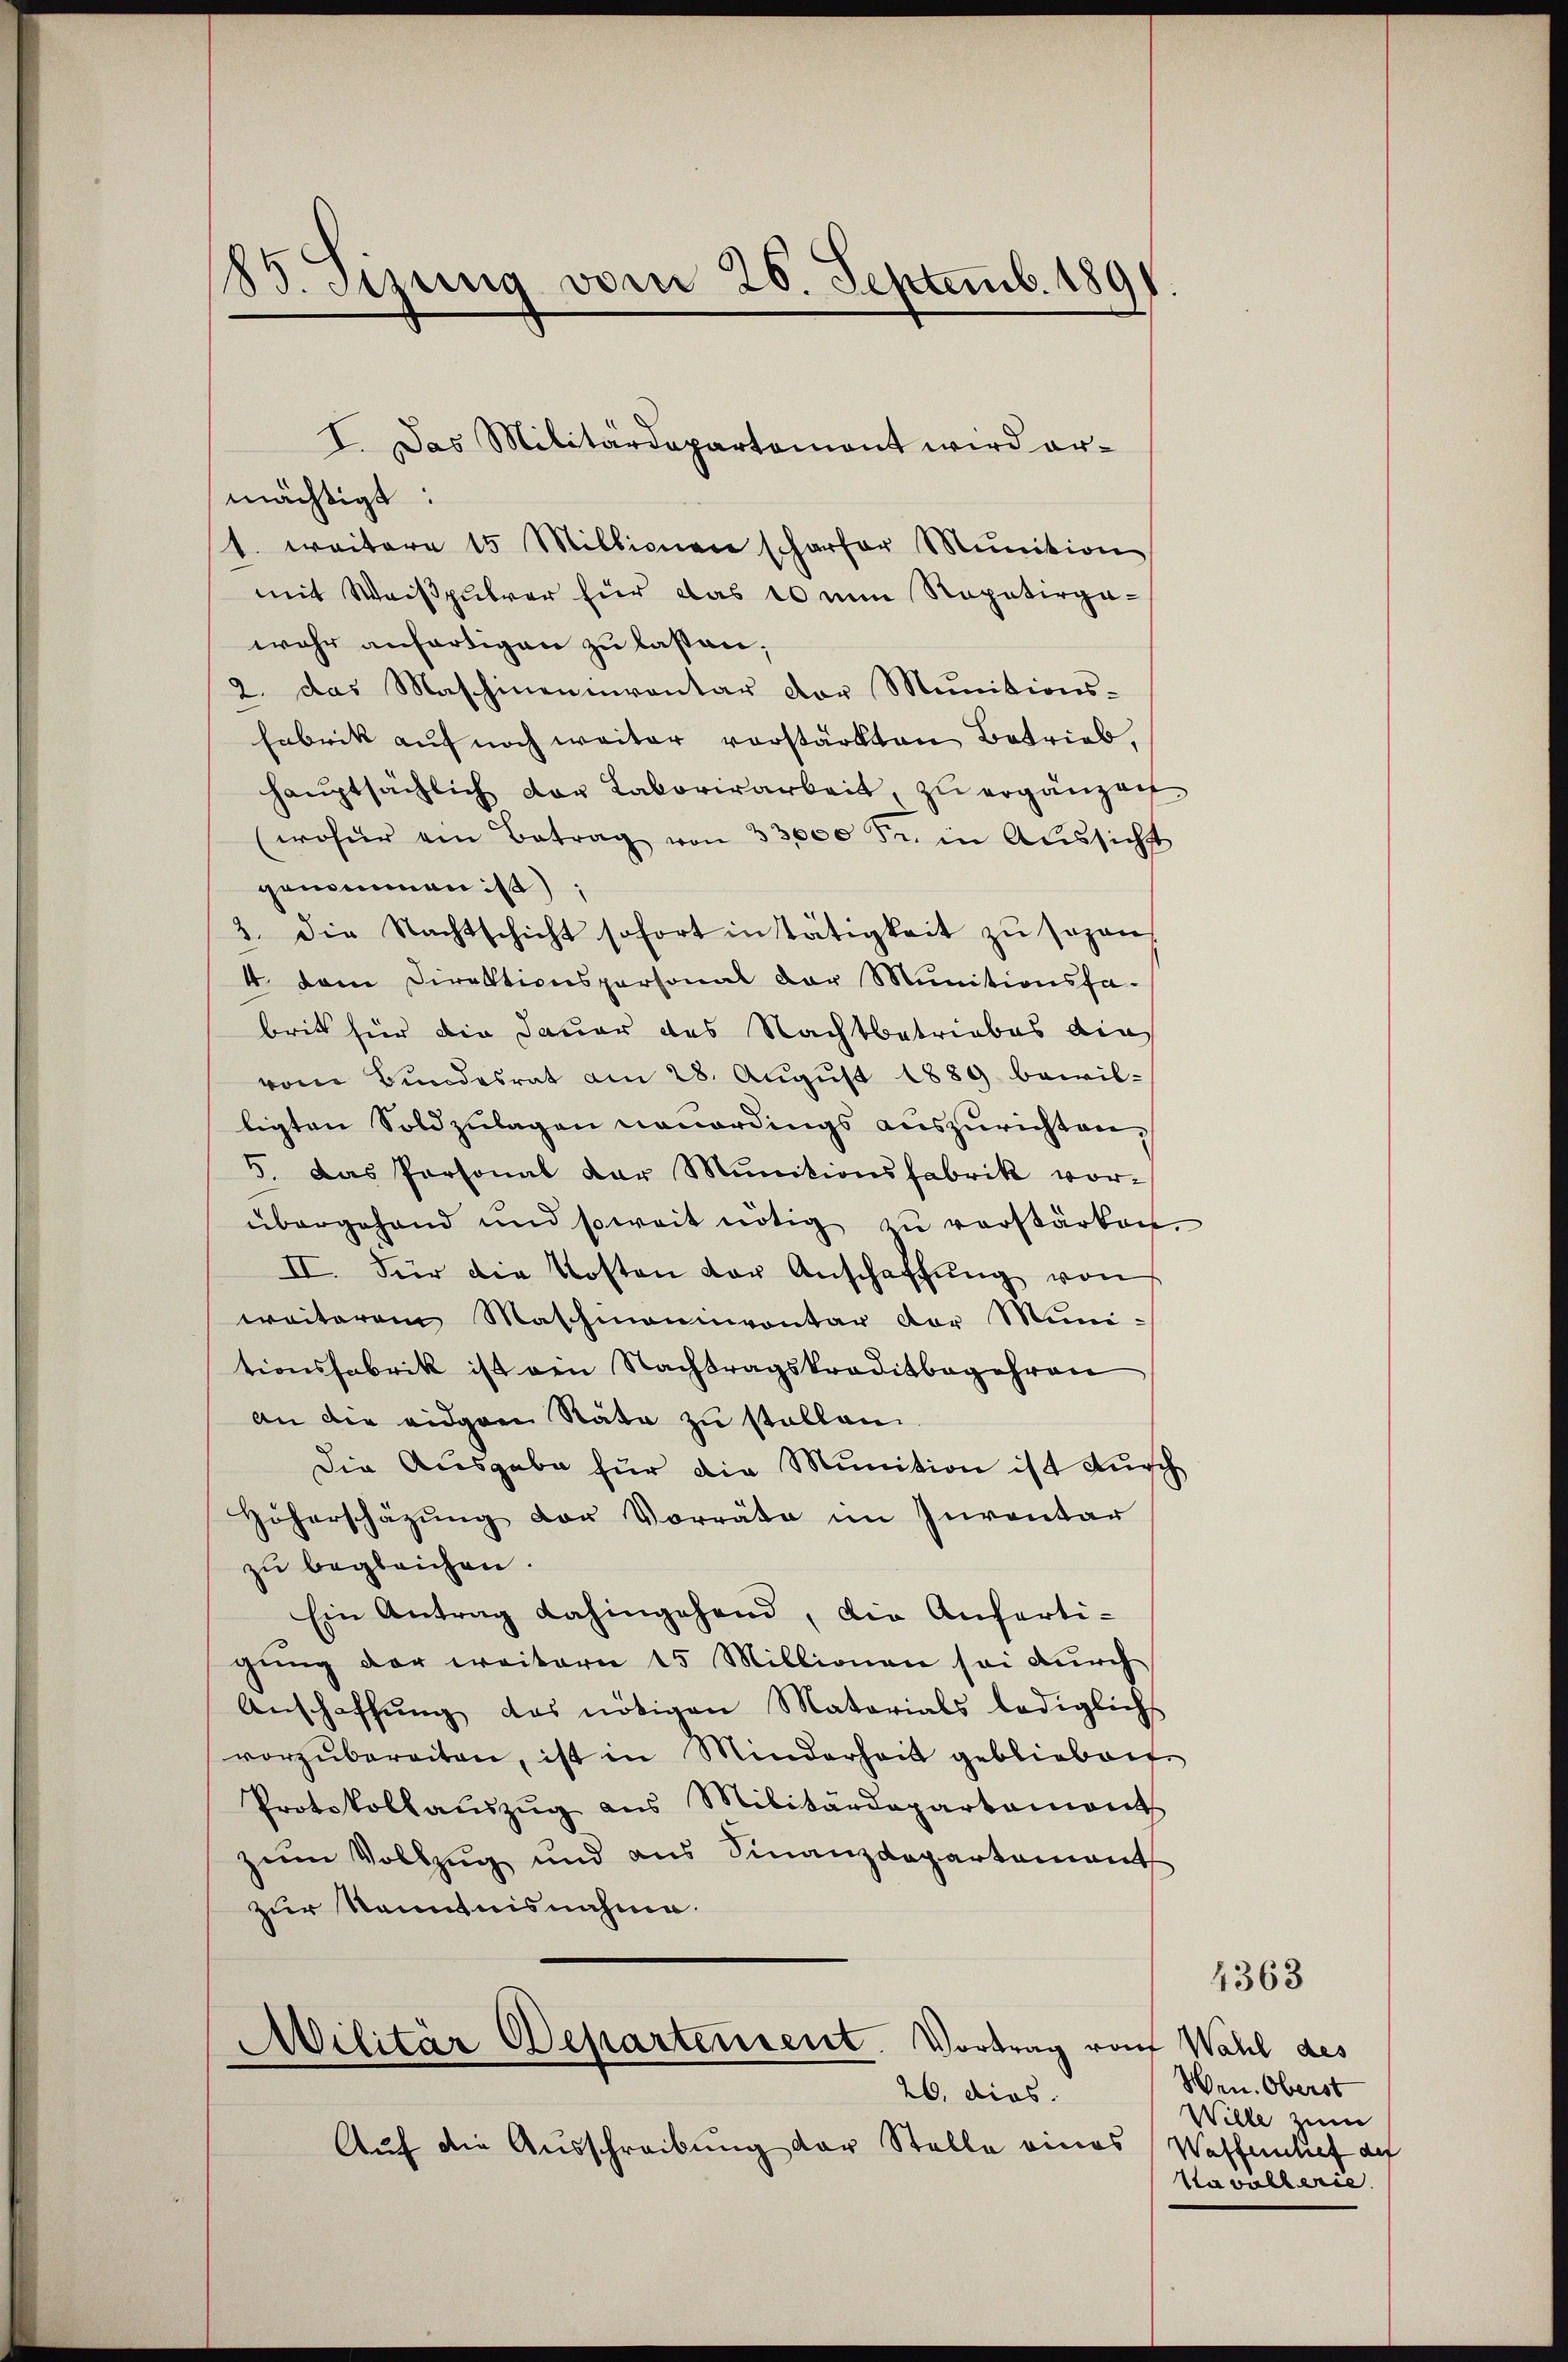
B. Sizung vom 26. Septemb. 1891

I. Das Militärdepartement wird er-
mächtigt:
1. weitere 15 Millionen scharfer Munition
mit Weißpulver für das 10 nun Repetirpa-
wahr anfertigen zu lassen;
2. das Maschineninventar dor Munitions-
Eabrik auf noch weiter vorstärkten Betrieb,
haŭptsächlich der Laborirarbeit, zu ergänzen
woher ein Betrag von 33,000 Fr. in Aŭssichtt
genommen ist;
3. die Nachtschicht sofort in Tätigkeit zŭ sogan
4 dem Direktionspersonal der Munitionsfa-
britt für die Dauer des Nachtbetriebes die
vom Bŭndesrat am 28. Aŭgŭst 1889 bewil-
ligten Sold zulagen neuerdings auszurichten.
5. Das Personal der Munitionsfabrik vor-
übergehend und soweit nötig zu verstärken.
II. Für die Kosten der Anschaffŭng von
waiterem Maschineinventar der Muni-
tionsfabrik ist ein Nachtragskreditbegehren
An die eidgen Räte zu stellen.
Die Ausgabe für die Munition ist auch
höherschäzŭng der Vorräte im Inventar
zŭ begleichen.
Ein Antrag dahingehend, die Anferti-
gŭng der weitern 15 Millionen sei durch
Anschaffŭng das nötigen Materials lediglichs
vorzŭbereiten, ist in Minderheit geblieben
Protokollaŭszŭg aus Militärdepartaments
zum Vollzug und aus Finanzdepartement
zur Kenntnisnahme.
Militar Departensent. Vortrag von Wahl des
26. dies.
Auf die Ausschreibung der Stelle eines Waffenlief der

Hrn. Oberst
Wille zum
Kavallerie.

4363